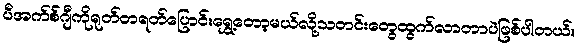
ပီအက်စ်ဂျီကိုရုတ်တရတ်ပြောင်းရွှေ့တော့မယ်လို့သတင်းတွေထွက်လာတာပဲဖြစ်ပါတယ်။